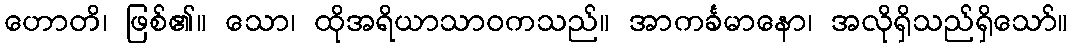
ဟောတိ၊ ဖြစ်၏။ သော၊ ထိုအရိယာသာဝကသည်။ အာကင်္ခမာနော၊ အလိုရှိသည်ရှိသော်။